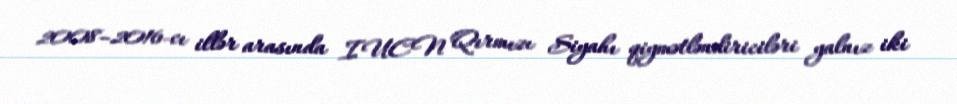
2008–2016-cı illər arasında IUCN Qırmızı Siyahı qiymətləndiriciləri yalnız iki